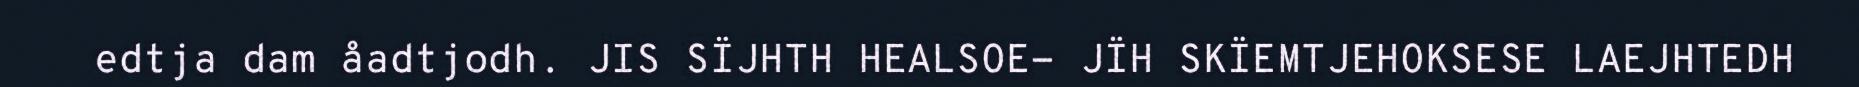
edtja dam åadtjodh. JIS SÏJHTH HEALSOE- JÏH SKÏEMTJEHOKSESE LAEJHTEDH